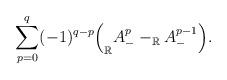
LaTeX: \begin{align*}\sum_{p=0}^q (-1)^{q-p}\Big(_\mathbb{R} A^p_- - _\mathbb{R} A^{p-1}_- \Big).\end{align*}